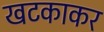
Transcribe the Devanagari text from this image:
खटकाकर